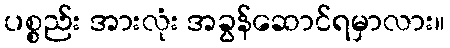
ပစ္စည်း အားလုံး အခွန်ဆောင်ရမှာလား။